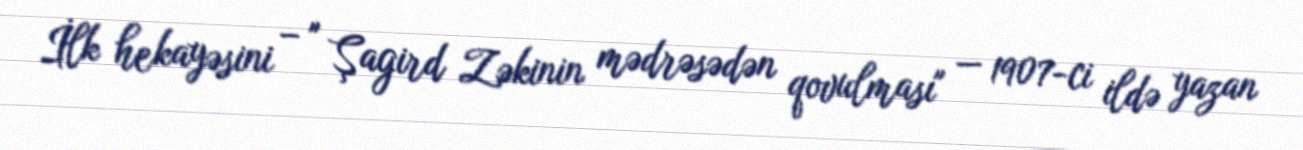
İlk hekayəsini – " Şagird Zəkinin mədrəsədən qovulması" — 1907-ci ildə yazan